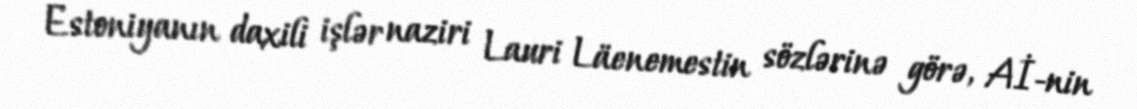
Estoniyanın daxili işlər naziri Lauri Läenemestin sözlərinə görə, Aİ-nin